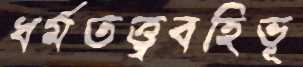
ধর্মতত্ত্ববহিভূ